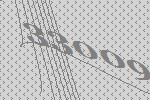
33009